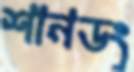
শানডং